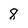
Character: 8